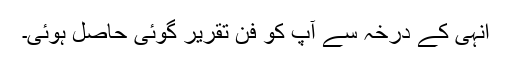
انہی کے درخہ سے آپ کو فن تقریر گوئی حاصل ہوئی۔